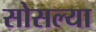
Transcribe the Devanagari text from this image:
सोसल्या